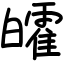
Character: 皬